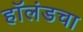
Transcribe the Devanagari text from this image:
हॉलंडचा